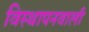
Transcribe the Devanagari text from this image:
विस्थापनवाली